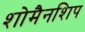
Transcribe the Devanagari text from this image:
शोमैनशिप